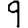
Digit: 9